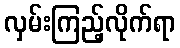
လှမ်းကြည့်လိုက်ရာ